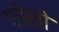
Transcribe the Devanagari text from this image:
परेखो